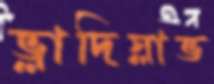
ভ্লাদিস্লাভ